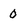
Character: 0